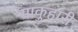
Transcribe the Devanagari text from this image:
माकुहारी